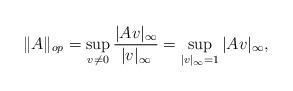
LaTeX: \begin{align*}\|A\|_{op}=\sup_{v\ne0}\frac{|Av|_\infty}{|v|_\infty}=\sup_{|v|_\infty=1}|Av|_\infty,\end{align*}